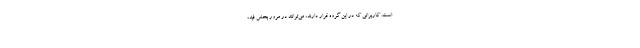
است. کاربرانی که در این گروه قرار دارند، می‌توانند در مرور بخش فید،